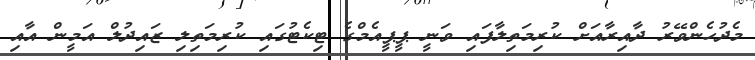
މެދުހެންވޭރު ދާއިރާއަށް ކުރިމަތިލާފައި ވަނީ ޕީޕީއެމްގެ ޓިކެޓުގައި ކުރިމަތިލި ޒައިދުލް އަމީން އާއި